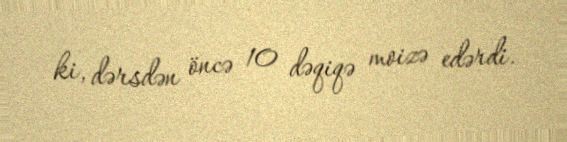
ki, dərsdən öncə 10 dəqiqə moizə edərdi.